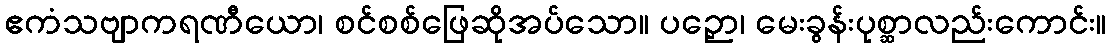
ဧကံသဗျာကရဏီယော၊ စင်စစ်ဖြေဆိုအပ်သော။ ပဉှော၊ မေးခွန်းပုစ္ဆာလည်းကောင်း။